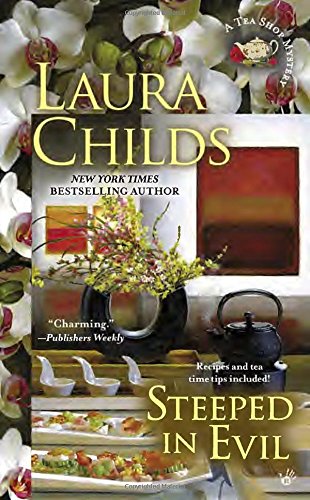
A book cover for Steeped in Evil (A Tea Shop Mystery); Laura Childs; Mystery, Thriller & Suspense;